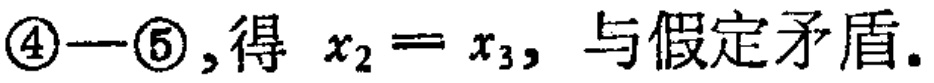
\textcircled{4}-\textcircled{5},得 \(x_{2}=x_{3},\) 与假定矛盾.